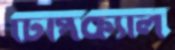
টিপিক্যাল